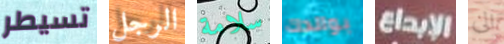
تسيطر الرجل سلامة بوالدك الإبداع الى